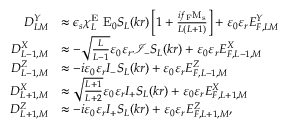
\begin{array} { r l } { D _ { L M } ^ { Y } } & { \approx \epsilon _ { s } \chi _ { L } ^ { \mathrm { E } } \ \mathrm { E } _ { 0 } S _ { L } ( k r ) \left[ 1 + \frac { i f _ { \mathrm { F } } \mathrm { M } _ { \mathrm { s } } } { L ( L + 1 ) } \right] + \varepsilon _ { 0 } \varepsilon _ { r } E _ { F , L M } ^ { Y } } \\ { D _ { L - 1 , M } ^ { X } } & { \approx - \sqrt { \frac { L } { L - 1 } } \varepsilon _ { 0 } \varepsilon _ { r } \mathcal { I } _ { - } S _ { L } ( k r ) + \varepsilon _ { 0 } \varepsilon _ { r } E _ { F , L - 1 , M } ^ { X } } \\ { D _ { L - 1 , M } ^ { Z } } & { \approx - i \varepsilon _ { 0 } \varepsilon _ { r } { \cal I } _ { - } S _ { L } ( k r ) + \varepsilon _ { 0 } \varepsilon _ { r } E _ { F , L - 1 , M } ^ { Z } } \\ { D _ { L + 1 , M } ^ { X } } & { \approx \sqrt { \frac { L + 1 } { L + 2 } } \varepsilon _ { 0 } \varepsilon _ { r } { \cal I } _ { + } S _ { L } ( k r ) + \varepsilon _ { 0 } \varepsilon _ { r } E _ { F , L + 1 , M } ^ { X } } \\ { D _ { L + 1 , M } ^ { Z } } & { \approx - i \varepsilon _ { 0 } \varepsilon _ { r } { \cal I } _ { + } S _ { L } ( k r ) + \varepsilon _ { 0 } \varepsilon _ { r } E _ { F , L + 1 , M } ^ { Z } , } \end{array}